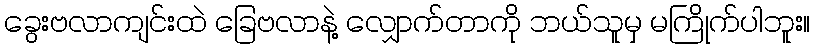
ခွေးဗလာကျင်းထဲ ခြေဗလာနဲ့ လျှောက်တာကို ဘယ်သူမှ မကြိုက်ပါဘူး။